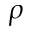
\rho